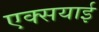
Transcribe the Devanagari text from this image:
एक्सयाई